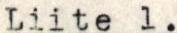
Liite 1.